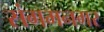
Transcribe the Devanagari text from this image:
संगमनगर